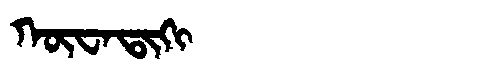
Manchu: ᡴᡡᠸᠠᡨᡳᡴᡳ
Romanization: KŪWATIKI